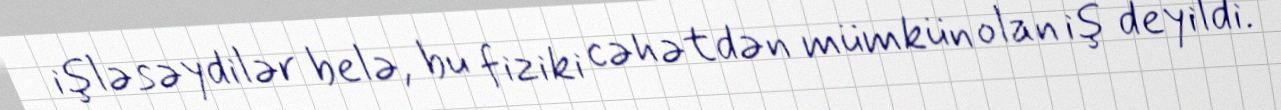
işləsəydilər belə, bu fiziki cəhətdən mümkün olan iş deyildi.